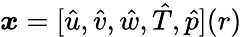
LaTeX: \boldsymbol{x}=[\hat{u},\hat{v},\hat{w},\hat{T},\hat{p}](r)